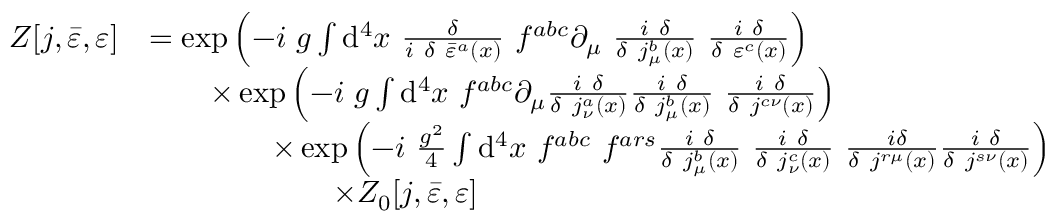
{ \begin{array} { r l } { Z [ j , { \bar { \varepsilon } } , \varepsilon ] } & { = \exp \left( - i \ g \int \mathrm { d } ^ { 4 } x \ { \frac { \delta } { i \ \delta \ { \bar { \varepsilon } } ^ { a } ( x ) } } \ f ^ { a b c } \partial _ { \mu } \ { \frac { i \ \delta } { \delta \ j _ { \mu } ^ { b } ( x ) } } \ { \frac { i \ \delta } { \delta \ \varepsilon ^ { c } ( x ) } } \right) } \\ & { \qquad \times \exp \left( - i \ g \int \mathrm { d } ^ { 4 } x \ f ^ { a b c } \partial _ { \mu } { \frac { i \ \delta } { \delta \ j _ { \nu } ^ { a } ( x ) } } { \frac { i \ \delta } { \delta \ j _ { \mu } ^ { b } ( x ) } } \ { \frac { i \ \delta } { \delta \ j ^ { c \nu } ( x ) } } \right) } \\ & { \qquad \qquad \times \exp \left( - i \ { \frac { g ^ { 2 } } { 4 } } \int \mathrm { d } ^ { 4 } x \ f ^ { a b c } \ f ^ { a r s } { \frac { i \ \delta } { \delta \ j _ { \mu } ^ { b } ( x ) } } \ { \frac { i \ \delta } { \delta \ j _ { \nu } ^ { c } ( x ) } } \ { \frac { \ i \delta } { \delta \ j ^ { r \mu } ( x ) } } { \frac { i \ \delta } { \delta \ j ^ { s \nu } ( x ) } } \right) } \\ & { \qquad \qquad \qquad \times Z _ { 0 } [ j , { \bar { \varepsilon } } , \varepsilon ] } \end{array} }